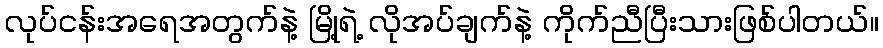
လုပ်ငန်းအရေအတွက်နဲ့ မြို့ရဲ့ လိုအပ်ချက်နဲ့ ကိုက်ညီပြီးသားဖြစ်ပါတယ်။